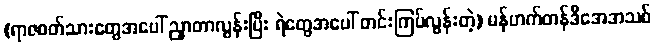
(ရာဇဝတ်သားတွေအပေါ် ညှာတာလွန်းပြီး ရဲတွေအပေါ် တင်းကြပ်လွန်းတဲ့) မန်ဟက်တန်ဒီအေအသစ်